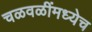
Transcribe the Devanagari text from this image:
चळवळींमध्येच